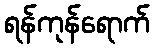
ရန်ကုန်ရောက်